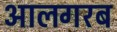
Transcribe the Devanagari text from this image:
आलगरब